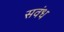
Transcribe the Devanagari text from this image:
सवंध